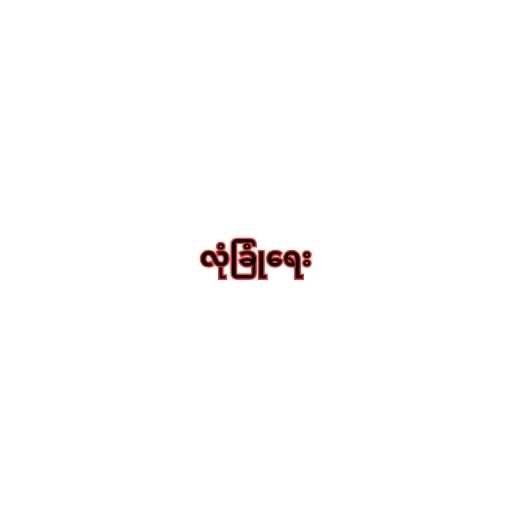
လုံခြုံရေး